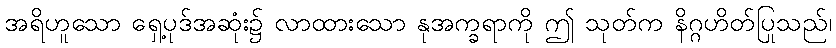
အရိဟူသော ရှေ့ပုဒ်အဆုံး၌ လာထားသော နုအက္ခရာကို ဤ သုတ်က နိဂ္ဂဟိတ်ပြုသည်၊